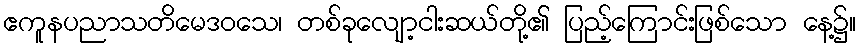
ဧကူနပညာသတိမေဒဝသေ၊ တစ်ခုလျော့ငါးဆယ်တို့၏ ပြည့်ကြောင်းဖြစ်သော နေ့၌။